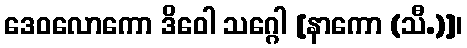
ဒေဝလောကော ဒိဝေါ သဂ္ဂေါ [နာကော (သီ.)]၊